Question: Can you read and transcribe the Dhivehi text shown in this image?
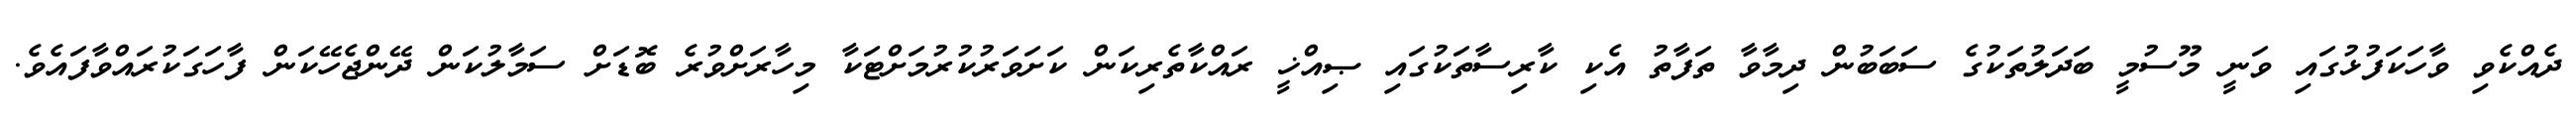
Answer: ދެއްކެވި ވާހަކަފުޅުގައި ވަނީ މޫސުމީ ބަދަލުތަކުގެ ސަބަބުން ދިމާވާ ތަފާތު އެކި ކާރިސާތަކުގައި ޞިއްޚީ ރައްކާތެރިކަން ކަށަވަރުކުރުމަށްޓަކާ މިހާރަށްވުރެ ބޮޑަށް ސަމާލުކަން ދޭންޖެހޭކަން ފާހަގަކުރައްވާފައެވެ.